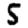
Digit: 5